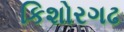
કિશોરગઢ